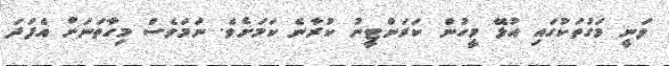
ވަނީ މަގުތަކުގައި އުޅޭ މީހުން ކަރަންޓީނު ކުރާނެ ކަމަށެވެ. ނަމަވެސް މިހާތަނަށް އެފަދަ